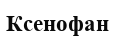
Ксенофан